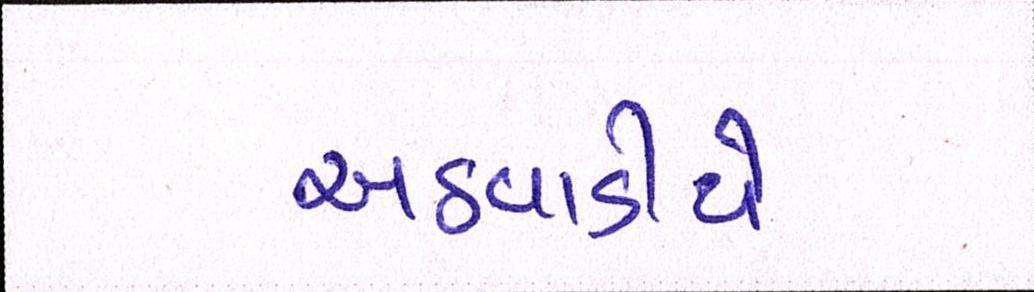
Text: અઠવાડીયે